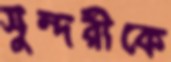
সুন্দরীকে